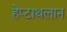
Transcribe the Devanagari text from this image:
हेप्टाथलान